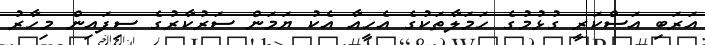
އަރަބި އަސްކަރީ ގުޅުމުގެ ހަމަލާތަކުގެ އެހީއާ އެކު ޔަމަން ސަރުކާރުގެ ސިފައިން މިހާރު